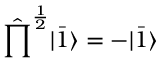
\hat { \prod } ^ { \frac { 1 } { 2 } } | \bar { 1 } \rangle = - | \bar { 1 } \rangle